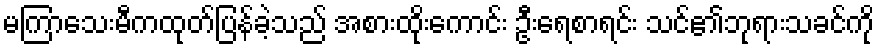
မကြာသေးမီကထုတ်ပြန်ခဲ့သည် အစားထိုးကောင်း ဦးရေစာရင်း သင်၏ဘုရားသခင်ကို